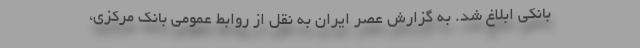
بانکی ابلاغ شد. به گزارش عصر ایران به نقل از روابط عمومی بانک مرکزی،